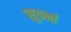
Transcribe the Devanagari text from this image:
सुवर्मा